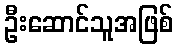
ဦးဆောင်သူအဖြစ်